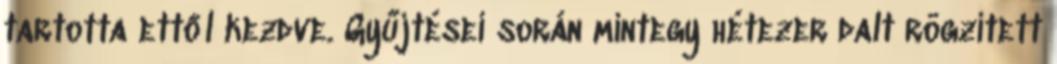
tartotta ettől kezdve. Gyűjtései során mintegy hétezer dalt rögzített